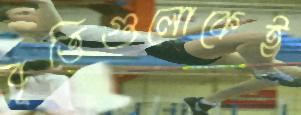
বৃত্তিগুলোকেই